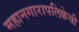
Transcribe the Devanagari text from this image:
महानगारापलिकेची